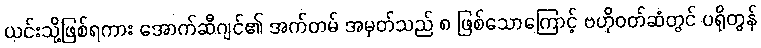
ယင်းသို့ဖြစ်ရကား အောက်ဆီဂျင်၏ အက်တမ် အမှတ်သည် ၈ ဖြစ်သောကြောင့် ဗဟိုဝတ်ဆံတွင် ပရိုတွန်